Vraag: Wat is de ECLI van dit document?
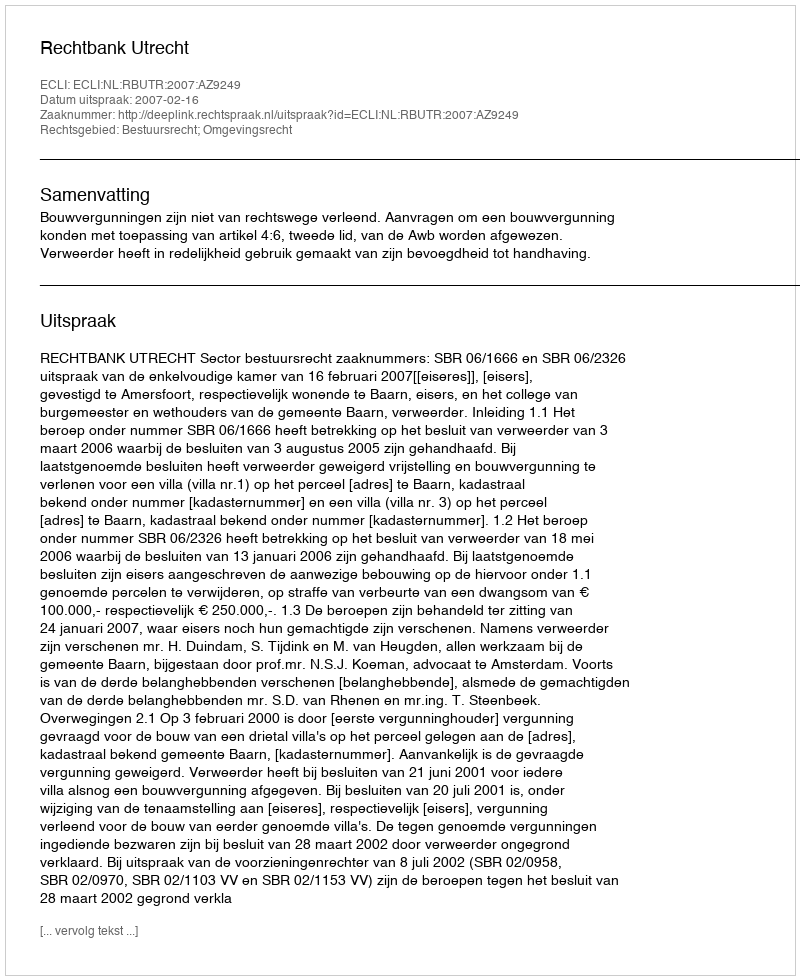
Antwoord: ECLI:NL:RBUTR:2007:AZ9249